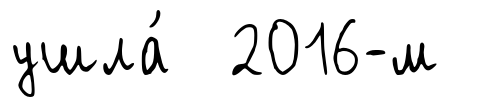
ушла́ 2016-м